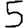
Digit: 5